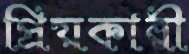
প্রিয়কারী